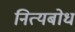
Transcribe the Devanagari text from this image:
नित्यबोधं